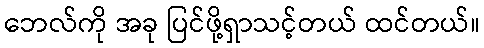
ဘေလ်ကို အခု ပြင်ဖို့ရှာသင့်တယ် ထင်တယ်။